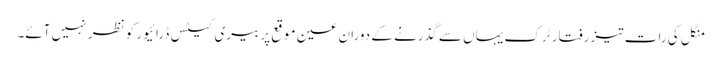
منگل کی رات تیز رفتار ٹرک یہاں سے گذرنے کے دوران عین موقع پر بیری کیٹس ڈرائیور کو نظر نہیں آئے۔